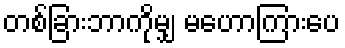
တစ်ခြားဘာကိုမျှ မဟောကြားပေ